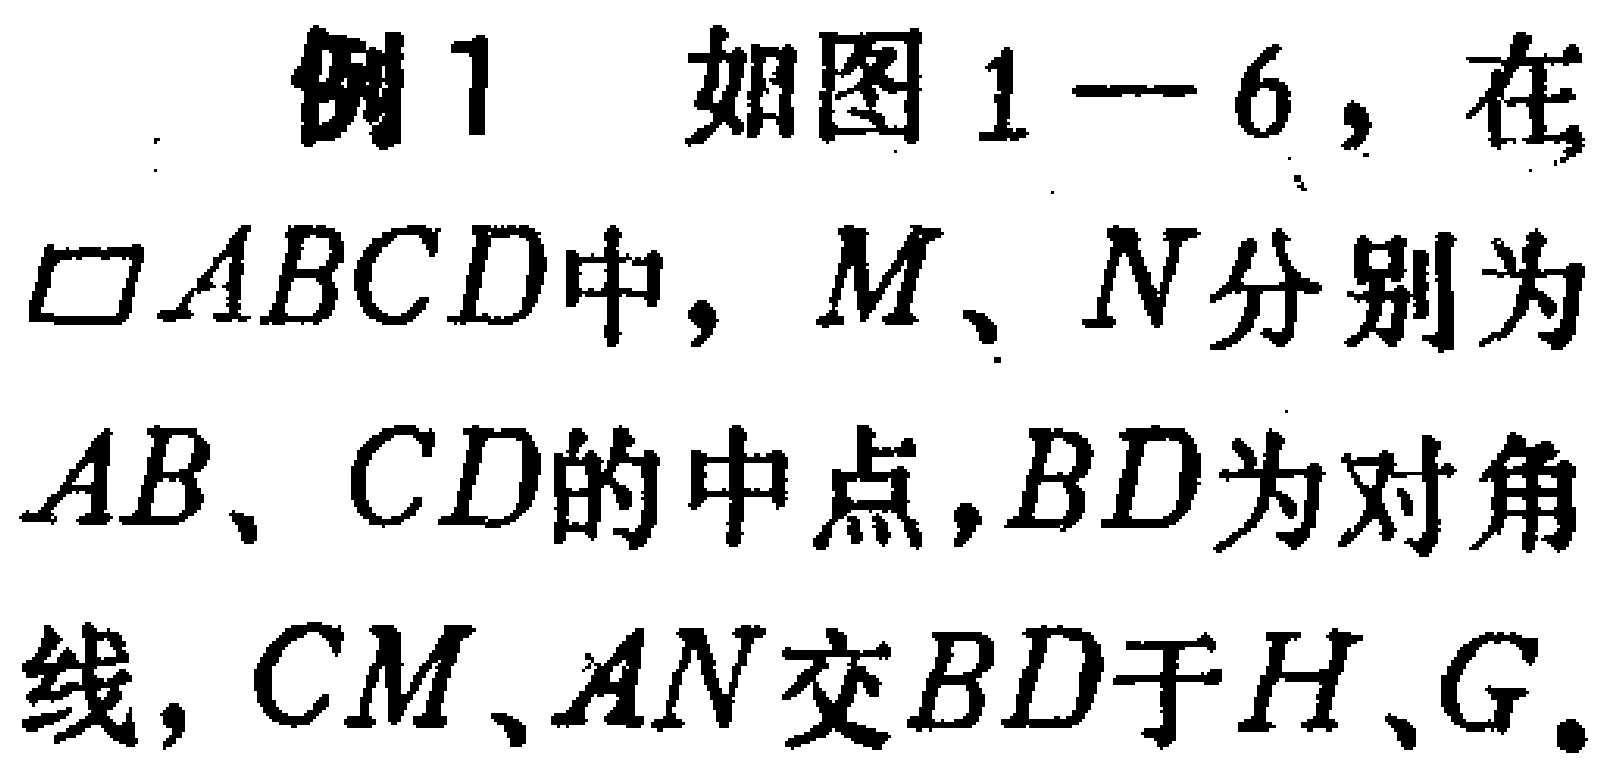
例1 如图1—6，在$\square ABCD$中，$M$、$N$分别为$AB$、$CD$的中点，$BD$为对角线，$CM$、$AN$交$BD$于$H$、$G$。